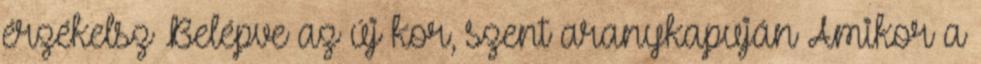
érzékelsz Belépve az új kor, szent aranykapuján Amikor a